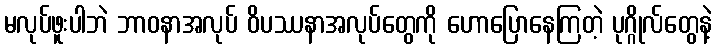
မလုပ်ဖူးပါဘဲ ဘာဝနာအလုပ် ဝိပဿနာအလုပ်တွေကို ဟောပြောနေကြတဲ့ ပုဂ္ဂိုလ်တွေနဲ့